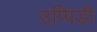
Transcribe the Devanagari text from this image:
उप्पिंडी